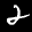
Label: 2